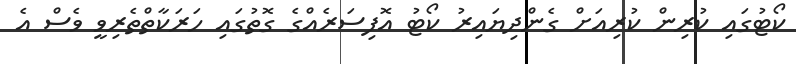
ކޯޓުގައި ކުރިން ކުރިއަށް ގެންދިޔައިރު ކޯޓު އޮފިސަރެއްގެ ގޮތުގައި ހަރަކާތްތެރިވީ ވެސް އެ